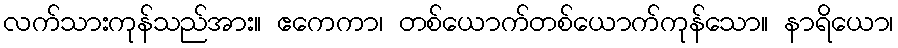
လက်သားကုန်သည်အား။ ဧကေကာ၊ တစ်ယောက်တစ်ယောက်ကုန်သော။ နာရိယော၊